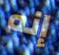
إنه